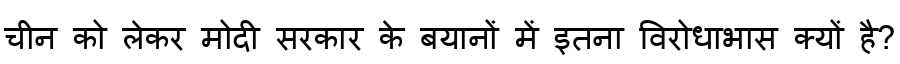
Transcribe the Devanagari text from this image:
चीन को लेकर मोदी सरकार के बयानों में इतना विरोधाभास क्यों है?